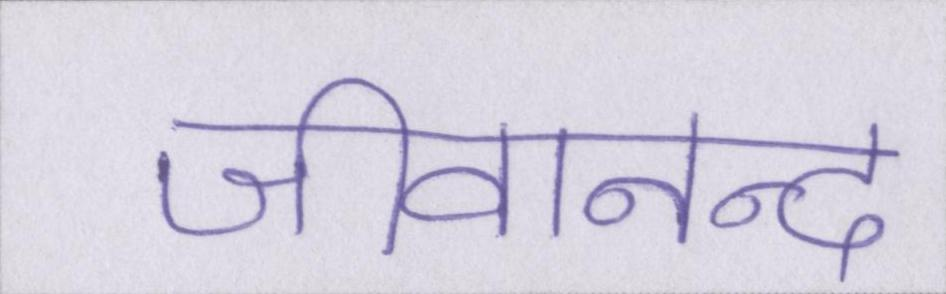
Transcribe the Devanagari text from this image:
जीवानन्द